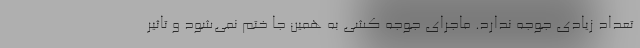
تعداد زیادی جوجه ندارد. ماجرای جوجه کشی به همین جا ختم نمی‌شود و تاثیر